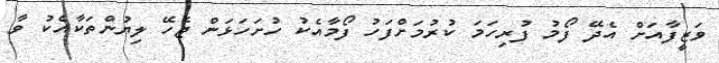
ވަޒީފާއަށް އެދޭ ފޯމު ފުރިހަމަ ކުރުމަށްފަހު ފޯމާއެކު ހުށަހަޅަން ޖެހޭ ލިޔުންތަކާއެކު ވާ